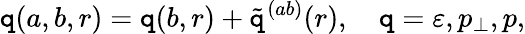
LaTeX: \mathtt{q}(a,b,r)=\mathtt{q}(b,r)+\tilde{{\mathtt{q}}}^{(ab)}(r),\quad\mathtt{q}=\varepsilon,p_{\perp},p,